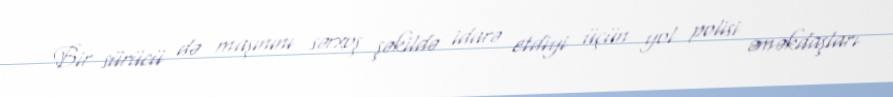
Bir sürücü də maşınını sərxoş şəkildə idarə etdiyi üçün yol polisi əməkdaşları